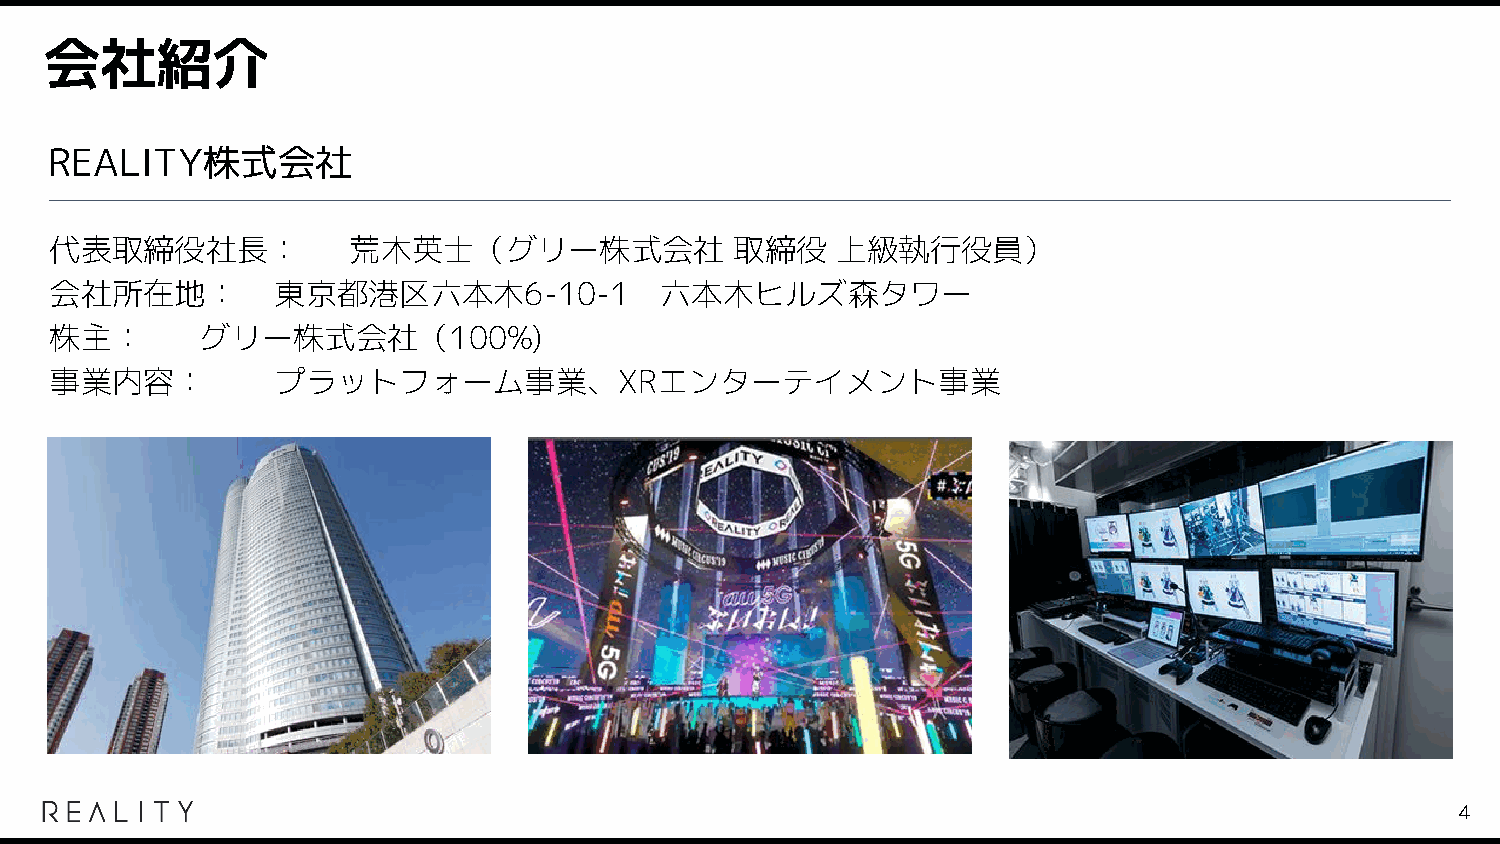
会社紹介
 REALITY株式会社
 代表取締役社長：            荒木英士（グリー株式会社              取締役   上級執行役員）
 会社所在地：         東京都港区六本木6-10-1            六本木ヒルズ森タワー
 株主：       グリー株式会社（100%)
 事業内容：          プラットフォーム事業、XRエンターテイメント事業
 4